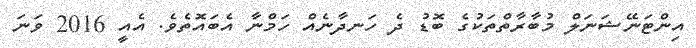
އިންޓަނޭޝަނަލް މުބާރާތްތަކުގެ ބޮޑު ދެ ހަނދާނެއް ހަމްނާ އެބައޮތެވެ. އެއީ 2016 ވަނަ